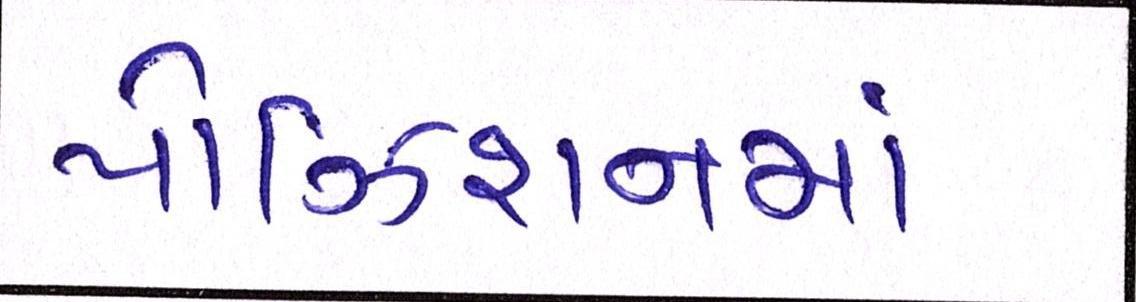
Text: પોઝિશનમાં